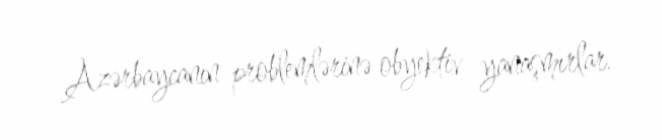
Azərbaycanın problemlərinə obyektiv yanaşmırlar.